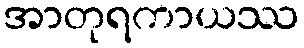
အာတုရကာယဿ